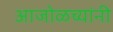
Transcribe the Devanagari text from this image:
आजोळच्यांनी